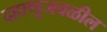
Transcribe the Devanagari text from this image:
दहाणूजवळील